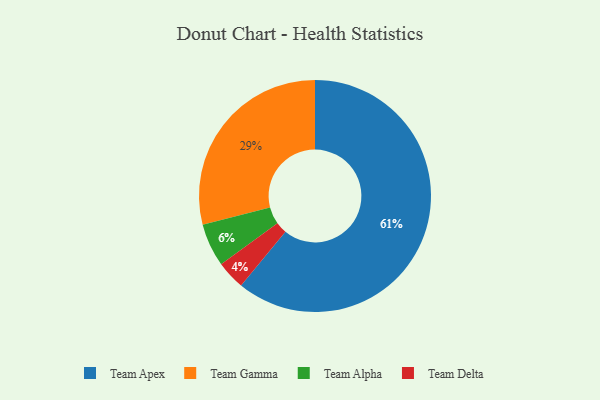
{"axis": {"x": "Category", "y": "Percentage"}, "legend": ["Team Alpha", "Team Apex", "Team Delta", "Team Gamma"], "data": [{"x": "Team Apex", "y": 61, "type": "Team Apex"}, {"x": "Team Gamma", "y": 29, "type": "Team Gamma"}, {"x": "Team Delta", "y": 4, "type": "Team Delta"}, {"x": "Team Alpha", "y": 6, "type": "Team Alpha"}]}